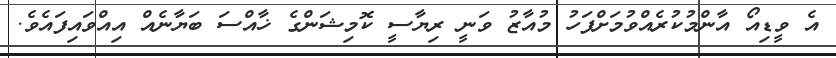
އެ ވީޑިއޯ އާންމުކުރެއްވުމަށްފަހު މުއާޒު ވަނީ ރިޔާސީ ކޮމިޝަންގެ ޚާއްސަ ބަޔާނެއް އިއްވައިފައެވެ.